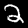
Label: 2